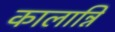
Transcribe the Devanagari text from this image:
कालान्नि